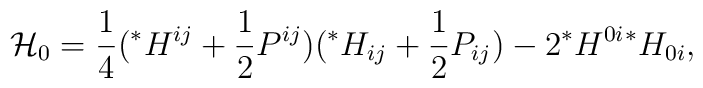
{\cal{H}}_0=\frac{1}{4}({}^*H^{ij}+\frac{1}{2}P^{ij})({}^*H_{ij}+\frac{1}{2}P_{ij})-2{}^*H^{0i}{}^*H_{0i},